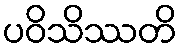
ပဝိသိဿတိ